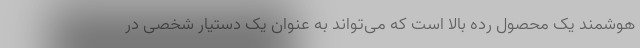
هوشمند یک محصول رده بالا است که می‌تواند به عنوان یک دستیار شخصی در